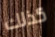
كذلك